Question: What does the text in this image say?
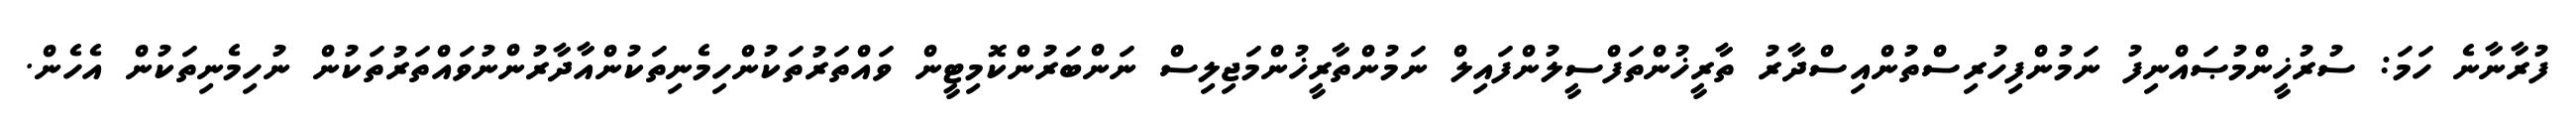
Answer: ފުރާނާނެ ހަމަ: ސުރުޚީންމުޞައްނިފު ނަމުންފިހުރިސްތުންއިސްދާރު ތާރީޚުންތަފްސީލުންފައިލް ނަމުންތާރީޚުންމަޖިލިސް ނަންބަރުންކޮމިޓީން ވައްތަރުތަކުންހިމެނިތަކުންއާދާރުންނުވައްތަރުތަކުން ނުހިމެނިތަކުން އެހެން.